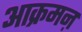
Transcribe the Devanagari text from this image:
आक्रमऩ